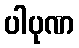
ပါပုဏ